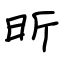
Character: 昕